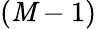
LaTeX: \left(\mathit{M}-1\right)